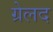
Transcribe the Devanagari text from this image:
ग्रेलद